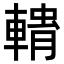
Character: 𮝢